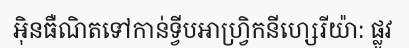
អ៊ិនធឺណិតទៅកាន់ទ្វីបអាហ្វ្រិកនីហ្សេរីយ៉ា: ផ្លូវ